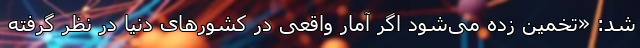
شد: «تخمین زده می‌شود اگر آمار واقعی در کشورهای دنیا در نظر گرفته